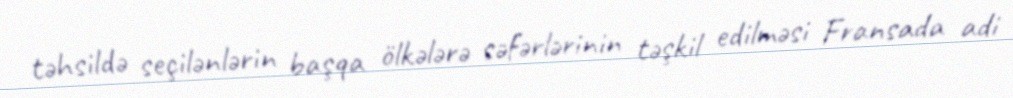
təhsildə seçilənlərin başqa ölkələrə səfərlərinin təşkil edilməsi Fransada adi